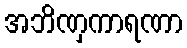
အဘိဏှကာရဏာ